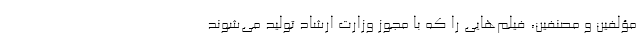
مؤلفین و مصنفین، فیلم‌هایی را که با مجوز وزارت ارشاد تولید می‌شوند